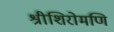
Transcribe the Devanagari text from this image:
श्रीशिरोमणि